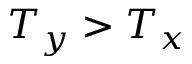
T _ { y } > T _ { x }